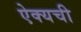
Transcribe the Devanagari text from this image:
ऐक्यची